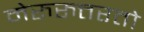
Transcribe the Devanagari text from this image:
मेरुरुत्तरतो